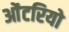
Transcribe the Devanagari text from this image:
ओंटरियो